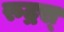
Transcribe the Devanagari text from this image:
रुद्रस्